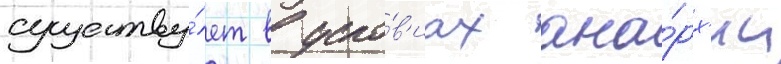
существу́ет в усло́в'иах ана́рх'ии